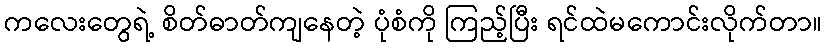
ကလေးတွေရဲ့ စိတ်ဓာတ်ကျနေတဲ့ ပုံစံကို ကြည့်ပြီး ရင်ထဲမကောင်းလိုက်တာ။